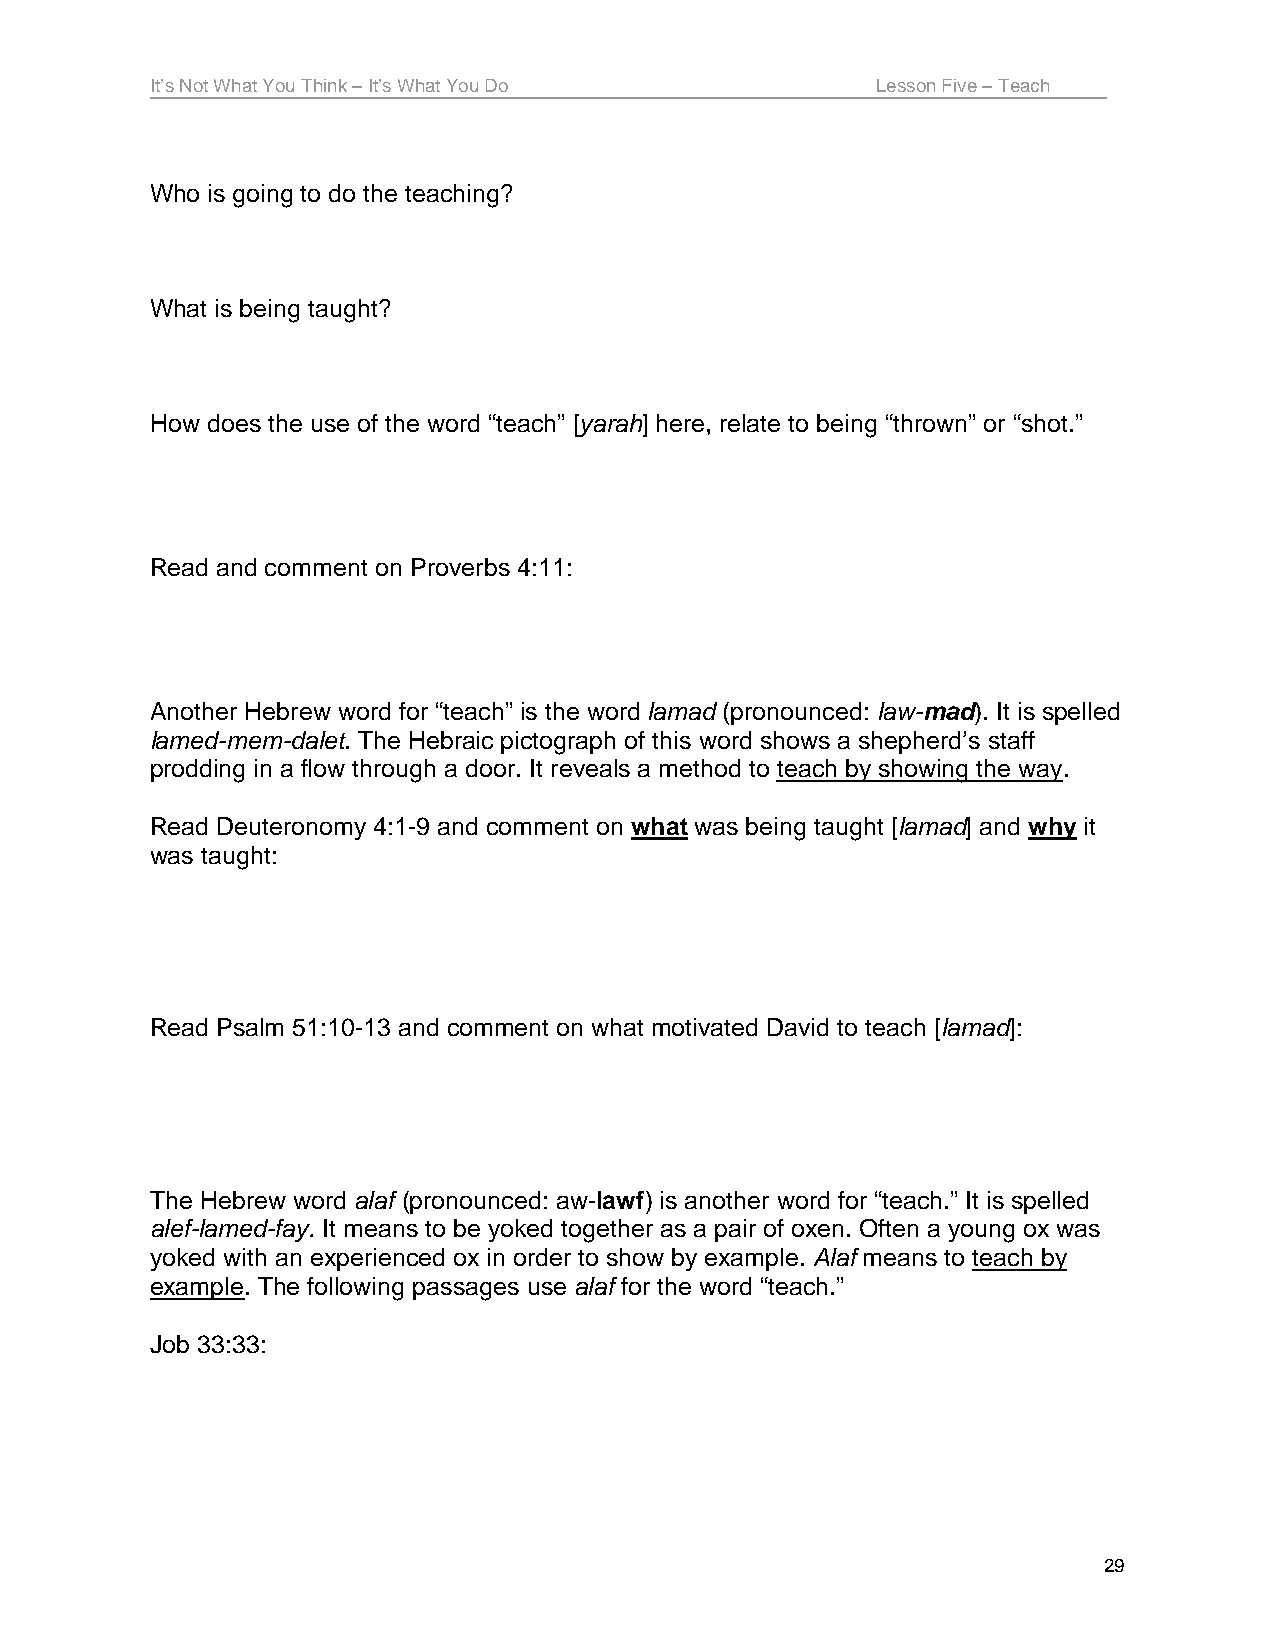
It’s Not What You Think – It’s What You Do      Lesson Five – Teach
 Who is going to do the teaching?
 What is being taught?
 How does the use of the word “teach” [yarah] here, relate to being “thrown” or “shot.”
 Read and comment on Proverbs 4:11:
 Another Hebrew word for “teach” is the word lamad (pronounced: law-mad). It is spelled
 lamed-mem-dalet. The Hebraic pictograph of this word shows a shepherd’s staff
 prodding in a flow through a door. It reveals a method to teach by showing the way.
 Read Deuteronomy 4:1-9 and comment on what was being taught [lamad] and why it
 was taught:
 Read Psalm 51:10-13 and comment on what motivated David to teach [lamad]:
 The Hebrew word alaf (pronounced: aw-lawf) is another word for “teach.” It is spelled
 alef-lamed-fay. It means to be yoked together as a pair of oxen. Often a young ox was
 yoked with an experienced ox in order to show by example. Alaf means to teach by
 example. The following passages use alaf for the word “teach.”
 Job 33:33:
 29